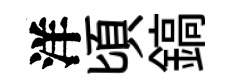
洋頃鎬